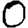
Digit: 0